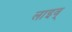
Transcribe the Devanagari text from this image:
लाइव्